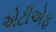
એટીએફ